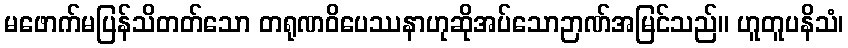
မဖောက်မပြန်သိတတ်သော တရုဏဝိပေဿနာဟုဆိုအပ်သောဉာဏ်အမြင်သည်။ ဟူတူပနိသံ၊